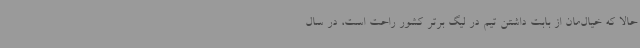
حالا که خیال‌مان از بابت داشتن تیم در لیگ برتر کشور راحت است، در سال